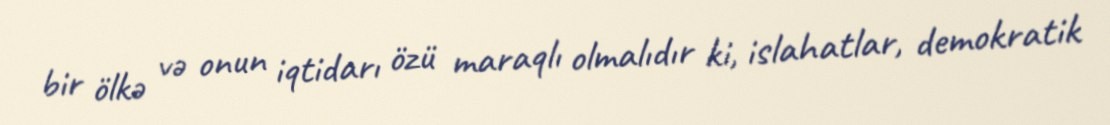
bir ölkə və onun iqtidarı özü maraqlı olmalıdır ki, islahatlar, demokratik